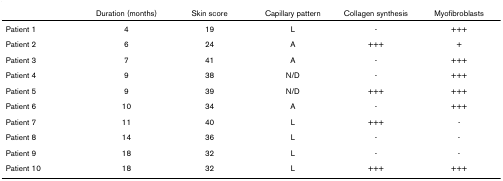
<table><thead><tr><td></td><td><b>Duration (months)</b></td><td><b>Skin score</b></td><td><b>Capillary pattern</b></td><td><b>Collagen synthesis</b></td><td><b>Myofibroblasts</b></td></tr></thead><tbody><tr><td>Patient 1</td><td>4</td><td>19</td><td>L</td><td>-</td><td>+++</td></tr><tr><td>Patient 2</td><td>6</td><td>24</td><td>A</td><td>+++</td><td>+</td></tr><tr><td>Patient 3</td><td>7</td><td>41</td><td>A</td><td>-</td><td>+++</td></tr><tr><td>Patient 4</td><td>9</td><td>38</td><td>N/D</td><td>-</td><td>+++</td></tr><tr><td>Patient 5</td><td>9</td><td>39</td><td>N/D</td><td>+++</td><td>+++</td></tr><tr><td>Patient 6</td><td>10</td><td>34</td><td>A</td><td>-</td><td>+++</td></tr><tr><td>Patient 7</td><td>11</td><td>40</td><td>L</td><td>+++</td><td>-</td></tr><tr><td>Patient 8</td><td>14</td><td>36</td><td>L</td><td>-</td><td>-</td></tr><tr><td>Patient 9</td><td>18</td><td>32</td><td>L</td><td>-</td><td>-</td></tr><tr><td>Patient 10</td><td>18</td><td>32</td><td>L</td><td>+++</td><td>+++</td></tr></tbody></table>